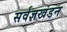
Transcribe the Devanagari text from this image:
सर्वज्ञखंडन